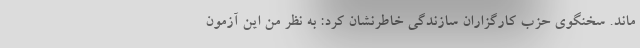
ماند. سخنگوی حزب کارگزاران سازندگی خاطرنشان کرد: به نظر من این آزمون